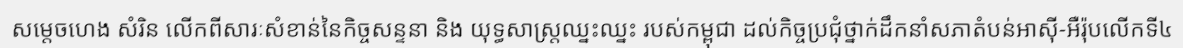
សម្តេចហេង សំរិន លើកពីសារៈសំខាន់នៃកិច្ចសន្ទនា និង យុទ្ធសាស្ត្រឈ្នះឈ្នះ របស់កម្ពុជា ដល់កិច្ចប្រជុំថ្នាក់ដឹកនាំសភាតំបន់អាស៊ី-អឺរ៉ុបលើកទី៤